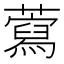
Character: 藛